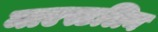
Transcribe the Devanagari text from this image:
माएस्टलिन